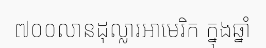
៧០០លានដុល្លារអាមេរិក ក្នុងឆ្នាំ